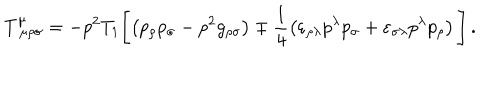
LaTeX: T _ { \ \mu \rho \sigma } ^ { \mu } = - p ^ { 2 } T _ { 1 } \Biggl [ \left( p _ { \rho } p _ { \sigma } - p ^ { 2 } g _ { \rho \sigma } \right) \mp \frac { 1 } { 4 } \left( \varepsilon _ { \rho \lambda } p ^ { \lambda } p _ { \sigma } + \varepsilon _ { \sigma \lambda } p ^ { \lambda } p _ { \rho } \right) \Biggl ] \, .